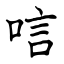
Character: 唁